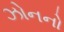
ઝોનનો